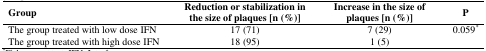
| Group | Reduction or stabilization in the size of plaques [n (%)] | Increase in the size of plaques [n (%)] | P |
 | --- | --- | --- | --- |
 | The group treated with low dose IFN | 17 (71) | 7 (29) | 0.059* |
 | The group treated with high dose IFN | 18 (95) | 1 (5) |  |